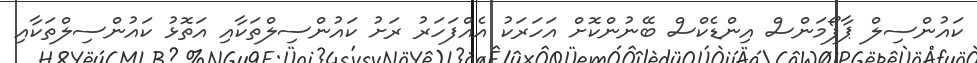
ކައުންސިލް ޕާފޯމަންސް އިންޑެކްސް ބޭނުންކޮށް އަހަރަކު އެއްފަހަރު ރަށު ކައުންސިލްތަކާއި އަތޮޅު ކައުންސިލްތަކާއި